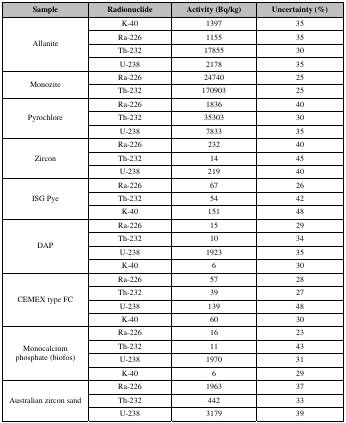
| Sample | Radionuclide | Activity (Bq/kg) | Uncertainty (%) |
 | --- | --- | --- | --- |
 | <ROWSPAN=4> Allanite | K-40 | 1397 | 35 |
 | Ra-226 | 1155 | 35 |
 | Th-232 | 17855 | 30 |
 | U-238 | 2178 | 35 |
 | <ROWSPAN=2> Monozite | Ra-226 | 24740 | 25 |
 | Th-232 | 170903 | 25 |
 | <ROWSPAN=3> Pyrochlore | Ra-226 | 1836 | 40 |
 | Th-232 | 35303 | 30 |
 | U-238 | 7833 | 35 |
 | <ROWSPAN=3> Zircon | Ra-226 | 232 | 40 |
 | Th-232 | 14 | 45 |
 | U-238 | 219 | 40 |
 | <ROWSPAN=3> ISG Pye | Ra-226 | 67 | 26 |
 | Th-232 | 54 | 42 |
 | K-40 | 151 | 48 |
 | <ROWSPAN=4> DAP | Ra-226 | 15 | 29 |
 | Th-232 | 10 | 34 |
 | U-238 | 1923 | 35 |
 | K-40 | 6 | 30 |
 | <ROWSPAN=4> CEMEX type FC | Ra-226 | 57 | 28 |
 | Th-232 | 39 | 27 |
 | U-238 | 139 | 48 |
 | K-40 | 60 | 30 |
 | <ROWSPAN=4> Monocalcium phosphate (biofos) | Ra-226 | 16 | 23 |
 | Th-232 | 11 | 43 |
 | U-238 | 1970 | 31 |
 | K-40 | 6 | 29 |
 | <ROWSPAN=3> Australian zircon sand | Ra-226 | 1963 | 37 |
 | Th-232 | 442 | 33 |
 | U-238 | 3179 | 39 |